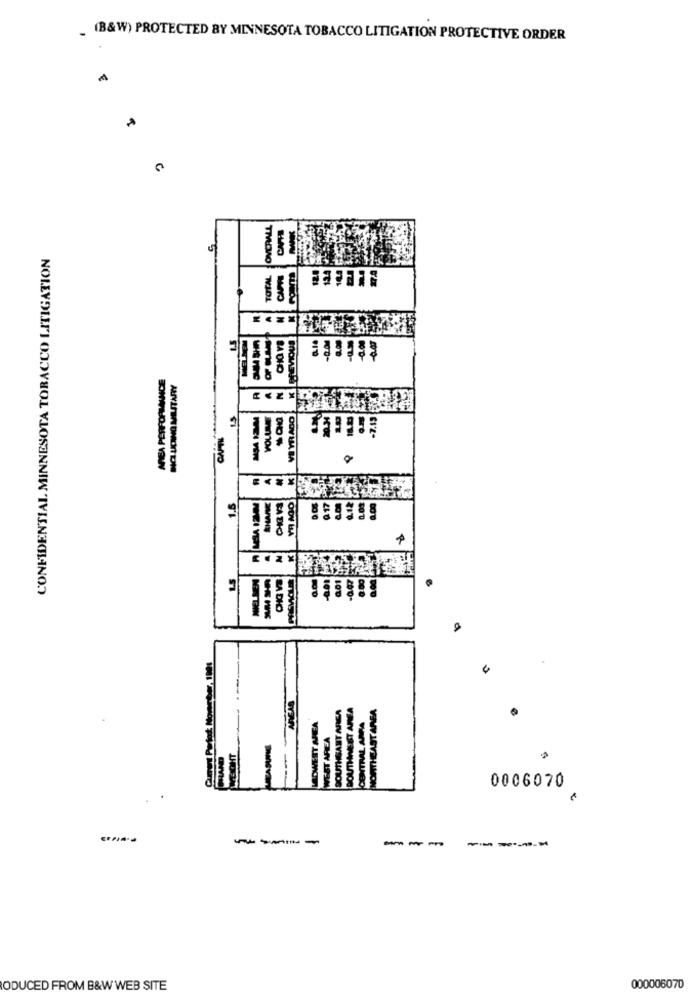
_ (B&W) PROTECTED BY MINNESOTA TOBACCO LITIGATION PROTECTIVE ORDER
CONFIDENTIAL MINNESOTA TOBACCO LITIGATION
Tmano
¿ŽEÉEĒ
TOTA
.LEVIOUS
BA DIO
AREA PERFORMANCE
#FFFŁĘ
NEI PÓW
Q 17
BA
HEI VE
LS
100
SA DIO
0006070
-----
---
ODUCED FROM B&W WEB SITE
000006070